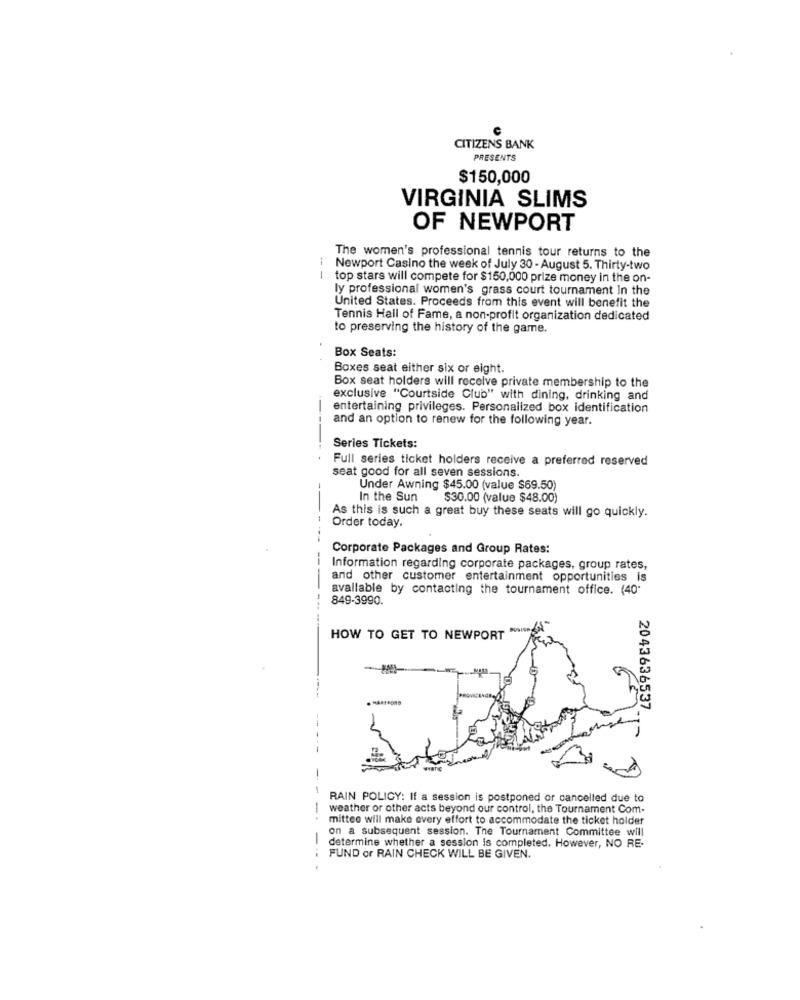
C
CITIZENS BANK
PRESENTS
$150,000
VIRGINIA SLIMS
OF NEWPORT
The women's professional tennis tour returns to the
Newport Casino the week of July 30 - August 5. Thirty-two
-- -
top stars will compete for $150,000 prize money in the on-
ly professional women's grass court tournament In the
United States. Proceeds from this event will benefit the
Tennis Hall of Fame, a non-profit organization dedicated
to preserving the history of the game.
Box Seats:
Boxes seat either six or eight.
Box seat holders will receive private membership to the
exclusive "Courtside Club" with dining, drinking and
entertaining privileges. Personalized box identification
and an option to renew for the following year.
Series Tickets:
Full series ticket holders receive a preferred reserved
seat good for all seven sessions.
Under Awning $45.00 (value $69.50)
In the Sun
$30.00 (value $48.00)
As this is such a great buy these seats will go quickly.
Order today.
Corporate Packages and Group Rates:
--
Information regarding corporate packages, group rates,
and other customer entertainment opportunities is
available by contacting the tournament office. (40'
849-3990.
HOW TO GET TO NEWPORT "
2043636537
RAIN POLICY: If a session is postponed or cancelled due to
-
weather or other acts beyond our control, the Tournament Com-
mittee will make every effort to accommodate the ticket holder
on a subsequent session. The Tournament Committee will
determine whether a session is completed. However, NO RE-
FUND or RAIN CHECK WILL BE GIVEN.